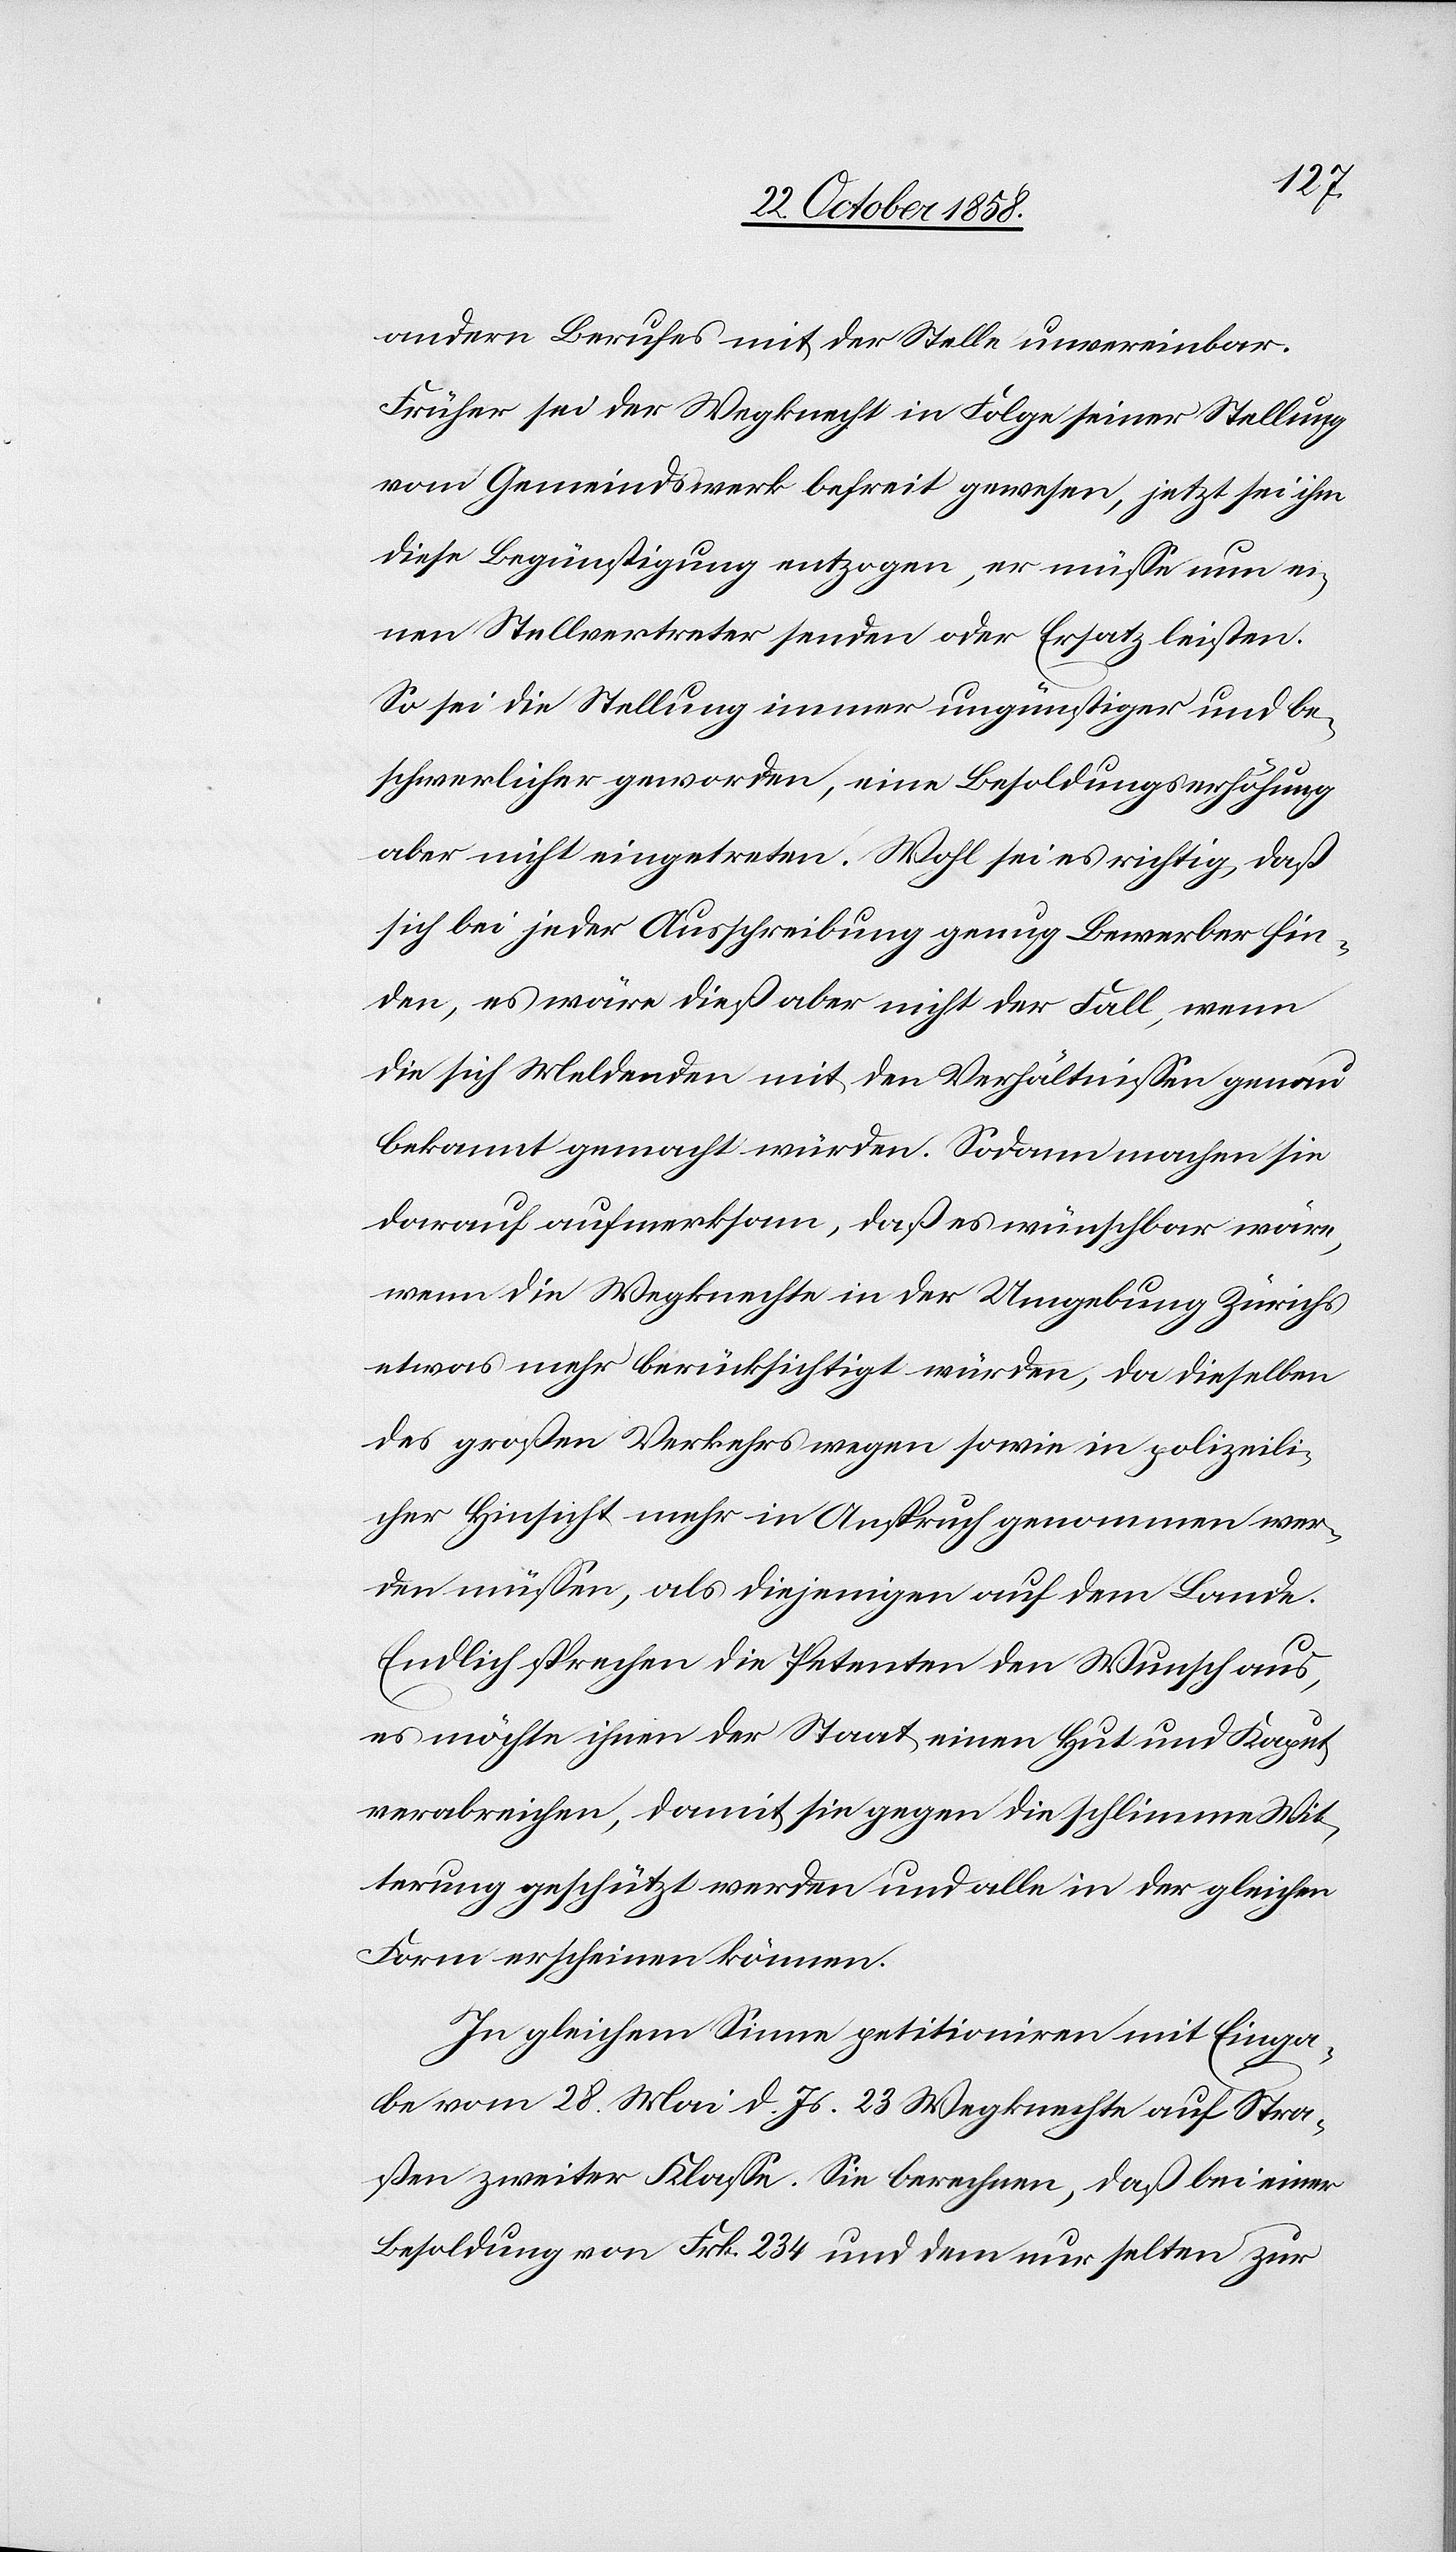
andern Berufes mit der Stelle unvereinbar.
Früher sei der Wegknecht in Folge seiner Stellung
vom Gemeindswerk befreit gewesen, jetzt sei ihm
diese Begünstigung entzogen, er müsse nun ei¬
nen Stellvertreter senden oder Ersatz leisten.
So sei die Stellung immer ungünstiger und be¬
schwerlicher geworden, eine Besoldungserhöhung
aber nicht eingetreten. Wohl sei es richtig, daß
sich bei jeder Ausschreibung genug Bewerber fin¬
den, es wäre dieß aber nicht der Fall, wenn
die sich Meldenden mit den Verhältnissen genau
bekannt gemacht würden. Sodann machen sie
darauf aufmerksam, daß es wünschbar wäre,
wenn die Wegknechte in der Umgebung Zürichs
etwas mehr berücksichtigt würden, da dieselben
des großen Verkehrs wegen sowie in polizeili¬
cher Hinsicht mehr in Anspruch genommen wer¬
den müssen, als diejenigen auf dem Lande.
Endlich sprechen die Petenten den Wunsch aus,
es möchte ihnen der Staat einen Hut und Kaput
verabreichen, damit sie gegen die schlimme Wit¬
terung geschützt werden und alle in der gleichen
Form erscheinen können.
In gleichem Sinne petitioniren mit Einga¬
be vom 28. Mai d. Js. 23 Wegknechte auf Stra¬
ßen zweiter Klasse. Sie berechnen, daß bei einer
Besoldung von Frk. 234 und dem nur selten zur